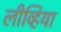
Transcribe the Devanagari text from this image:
लीव्हिया